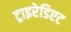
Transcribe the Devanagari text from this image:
ट्राइरेडिएट